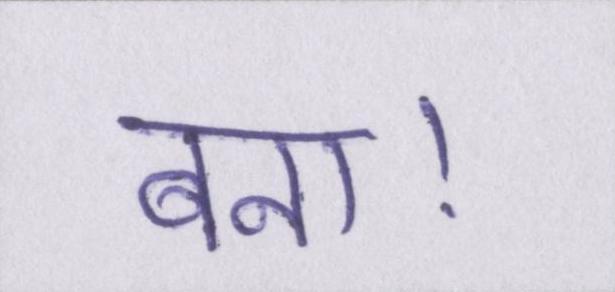
बना।